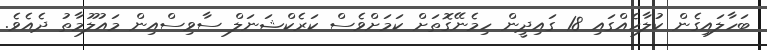
ބަހާލައިގެން ކުލާހެއްގައި 18 ގައިދީން ހިމެނޭގޮތަށް ކަމަށްވެސް ކަރެކްޝަނަލް ސާވިސްއިން މައުލޫމާތު ދެއެވެ.